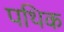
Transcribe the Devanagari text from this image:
पथिक